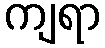
ကျရာ